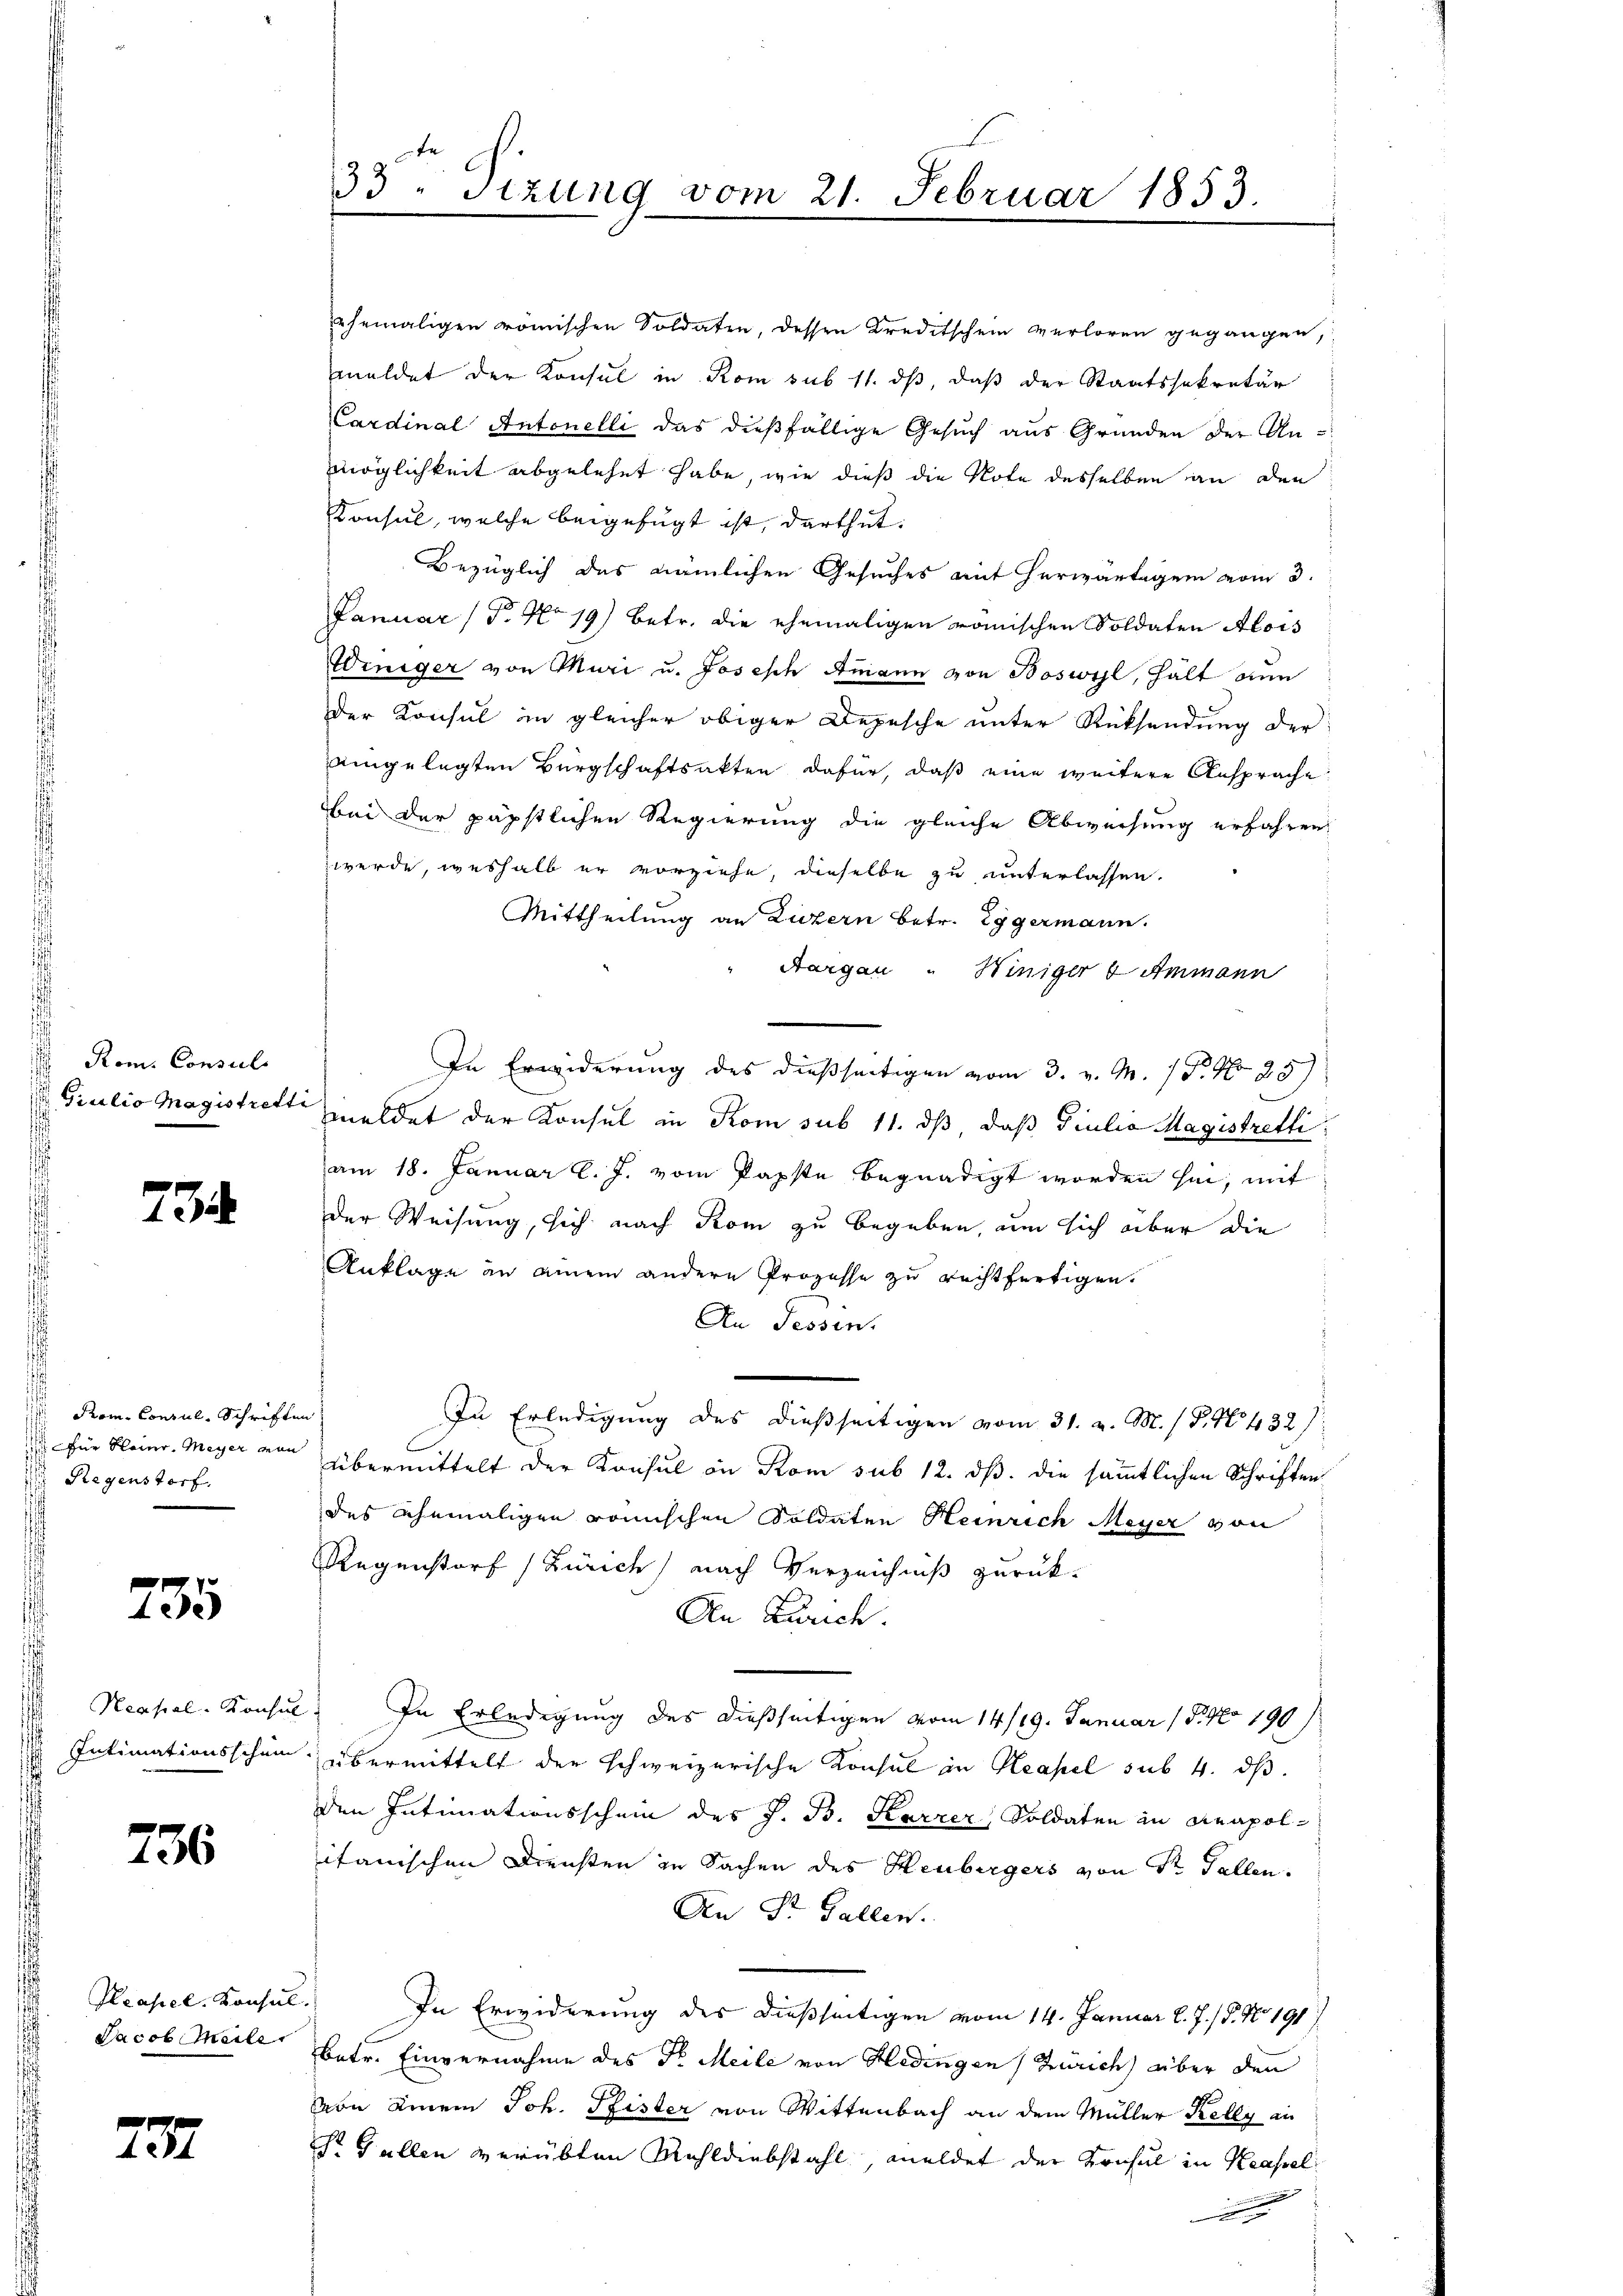
Rom. Consul

3

Uri Consul Schriften
 für Kleinr. Meyer von
 Regenstorf.

235

736

Reapel. Konsul

737

ehemaligen römischen Soldaten, dessen Kreditschein verloren gegangen,
meldet der Konsul in Rom sub 11. ds, daß der Staatssekretär
Cardinal Antonelli das dießfällige Gesuch aus Gründen der Anmöglichkeit abgelehnt habe, wie dieß die Note desselben an den
Konsul, welche beigefügt ist, darthut.
Bezüglich des nämlichen Gesuches mit herwärtigem vom 3.
Januar (T. No 19) betr. die ehemaligen römischen Soldaten Alois
Winiger von Muri u. Josesch Ammann von Boswyl, hält nun
der Konsul in gleicher obiger Depesche unter Rücksendung der
aingelegten Bürgschaftsakten dafür, daß eine weitere Ansprache
bei der päpstlichen Regierung die gleiche Abweisung erfahren
werde, weshalb er vorziehe, dieselbe zu unterlassen.
Mittheilung an Luzern betr. Eggermann.
Aargau "Winiger & Ammann
In Erwiderung des dießseitigen vom 3. v. M. P. Nr. 25)
 Giulio Magistrett meldet der Konsul in Rom sub 11. ds, daß Giulia Magistretti
am 18. Januar l. J. vom Papste begnadigt worden sei, mit
der Weisung, sich nach Rom zu begeben, um sich über die
Anklage an einem andere Prozesse zu rechtfertigen.
An Tessin.
In Erledigung des dießseitigen vom 31. v. M. (T.1432).
s
übermittelt der Konsul in Rom sub 12. dß. die sämmtlichen Schriften
des ehemaligen römischen Soldaten Heinrich Meyer von
Regenstorf (Zürich, nach Verzeichniß zurück-
An Zürich.
Neapel-Konsul. In Erledigung des dießseitigen vom 14/19. Januar 18. No 190
Intimationsschein übermittelt der schweizerische Konsul in Neapel sub. 4. dβ.
den Intimationsschein des J. B. Karzer, Soldaten in Neapolitanischen Diensten in Sachen des Heubergers von Sr Fallen.
An St. Gallen.
In Erwiderung des dießseitigen vom 14. Januar l. J. J. No. 191/
Jacob Meile betr. Einvernahme des Dr. Meile von Hedingen (Zürich) über den
von einem Joh. Pfister von Wittenbach an dem Müller Kelly au
S. Gallen verübten Mehldiebstahl, meldet der Konsul in Krassel
.

33. Sitzung vom 21. Februar 1853.